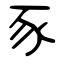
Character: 豕